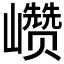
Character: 𰏁